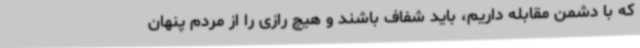
که با دشمن مقابله داریم، باید شفاف باشند و هیچ رازی را از مردم پنهان